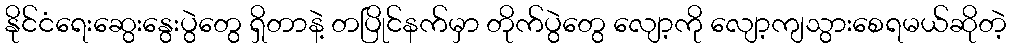
နိုင်ငံရေးဆွေးနွေးပွဲတွေ ရှိတာနဲ့ တပြိုင်နက်မှာ တိုက်ပွဲတွေ လျော့ကို လျော့ကျသွားစေရမယ်ဆိုတဲ့